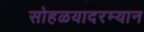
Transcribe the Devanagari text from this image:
सोहळयादरम्यान